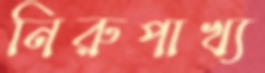
নিরুপাখ্য